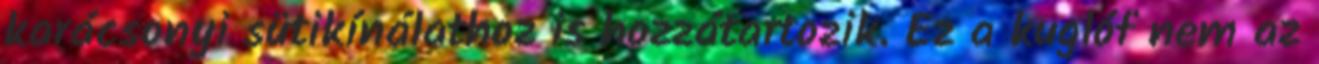
karácsonyi sütikínálathoz is hozzátartozik. Ez a kuglóf nem az